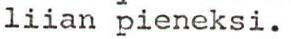
liian pieneksi.